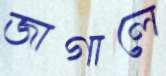
জাগালে